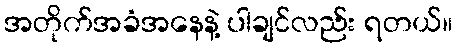
အတိုက်အခံအနေနဲ့ ပါချင်လည်း ရတယ်။